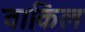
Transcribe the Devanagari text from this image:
वाकिल